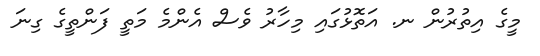
މީގެ އިތުރުން ނ. އަތޮޅުގައި މިހާރު ވެސް އެންމެ މަތީ ފަންތީގެ ގިނަ